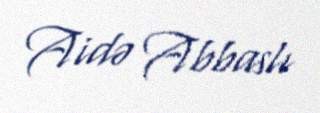
Aidə Abbaslı